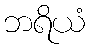
ဘရိယံ